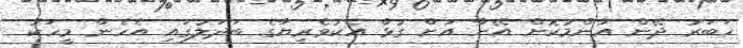
ޚަބަރު ދޭން އާންމުކޮށް އޭނާ އަށް ގުޅާ އެކުވެރިޔާގެ ބަދަލުގައި އެހެން މީހަކު